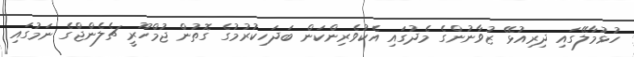
ހުޅުމާލޭގައި ދިރިއުޅޭ ޒުވާނުންގެ މެދުގައި އެކުވެރިންކަން ބަދަހިކުރުމުގެ ގޮތުން ޖުމްހޫރީ ޗެލެންޖްގެ ނަމުގައި